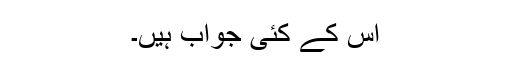
اس کے کئی جواب ہیں۔